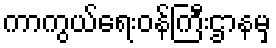
ကာကွယ်ရေးဝန်ကြီးဌာနမှ